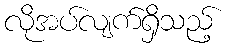
လိုအပ်လျက်ရှိသည့်